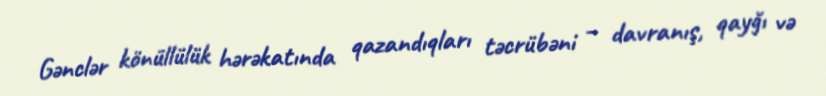
Gənclər könüllülük hərəkatında qazandıqları təcrübəni – davranış, qayğı və